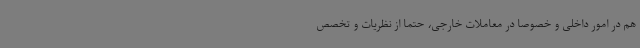
هم در امور داخلی و خصوصا در معاملات خارجی، حتما از نظریات و تخصص